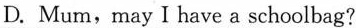
D.Mum,may I have a schoolbag?